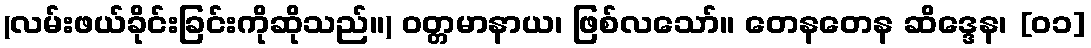
(လမ်းဖယ်ခိုင်းခြင်းကိုဆိုသည်။) ဝတ္တမာနာယ၊ ဖြစ်လသော်။ တေနတေန ဆိဒ္ဒေန၊ [၀၁]